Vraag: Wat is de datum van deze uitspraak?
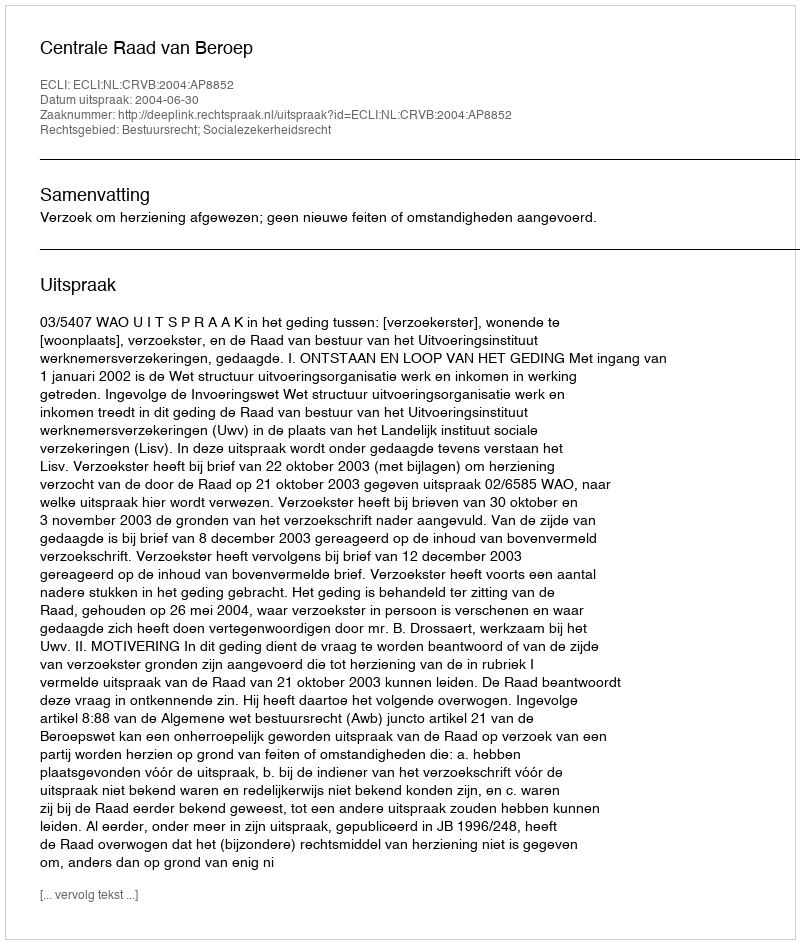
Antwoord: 2004-06-30